Korporatsioon_Amicitia, lk 3
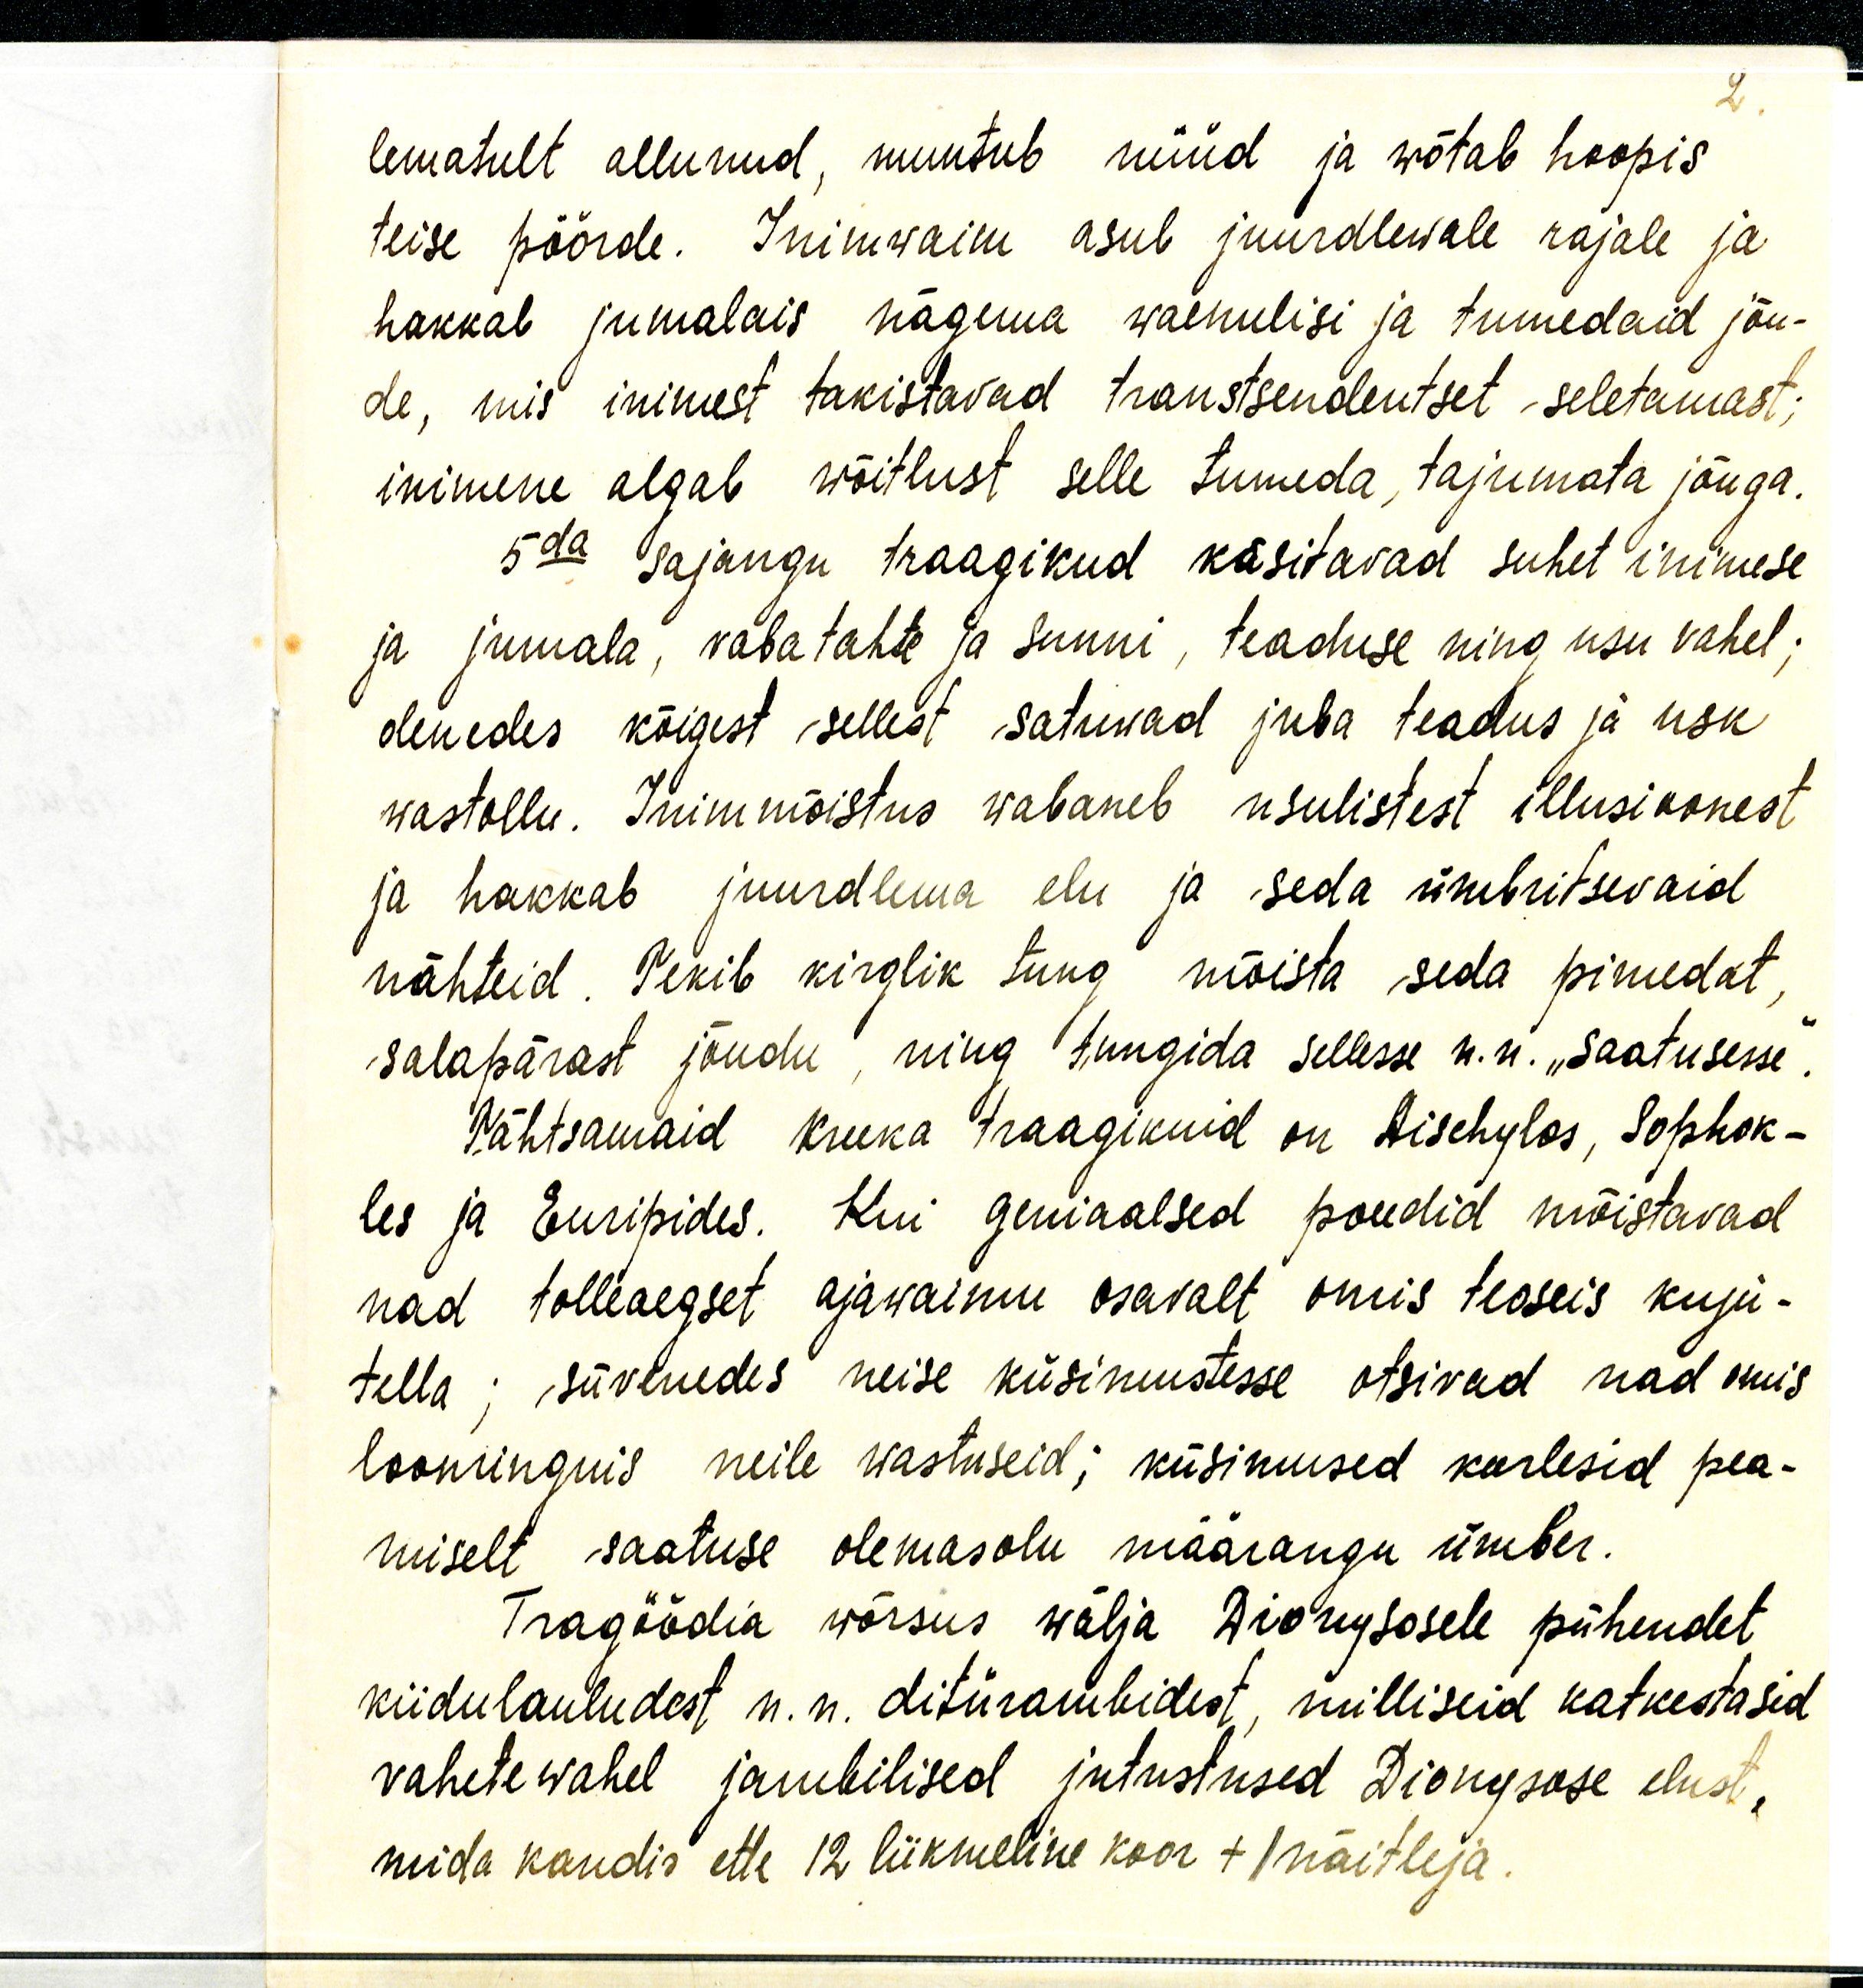
2.

lematult allunud, muutub nüüd ja wõtab hoopis
teise pöörde. Inimwaim asub juurdlewale rajale ja
hakkab jumalais nägema waenulisi ja tumedaid jõu-
de, mis inimest takistavad transtsendentset seletamast;
inimene algab wõitlust selle tumeda, tajumata jõuga.
5da sajangu traagikud käsitavad suhet inimese
ja jumala, vaba tahte ja sunni, teaduse ning usu vahel;
olenedes kõigest sellest satuwad juba teadus ja usk
wastollu. Inimmõistus wabaneb usulistest illusioonest
ja hakkab juurdlema elu ja seda ümbritsevaid
nähteid. Tekib kirglik tung mõista seda pimedat,
salapärast jõudu, ning tungida sellesse n.n. "Saatusesse
Tähtsamaid Kreeka traagikuid on Aischylos, Sophok-
les ja Euripides. Kui geniaalsed poeedid mõistavad
nad tolleaegset ajawaimu osavalt omis teoseis kuju-
tella; süvenedes neise küsimustesse otsivad nad omis
loominguis neile wastuseid; küsimused keerlesid pea-
miselt saatuse olemasolu määrangu ümber.
Tragöödia wõrsus wälja Dionysosele pühendet
kiidulauludest n.n. ditürambidest, milliseid katkestasid
vahetewahel jambilised jutustused Dionysose elust,
mida kandis ette 12 liikmeline koor + 1 näitleja.